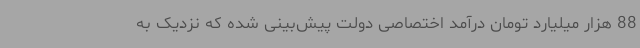
88 هزار میلیارد تومان درآمد اختصاصی دولت پیش‌بینی شده که نزدیک به